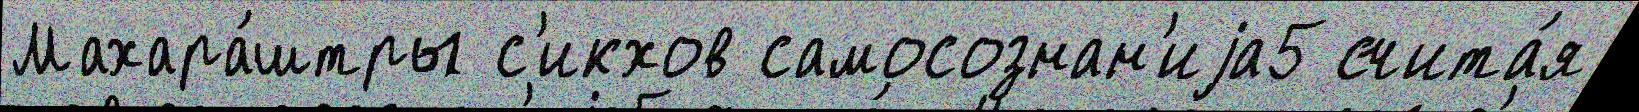
Махара́штры с'икхов самосознан'иjа5 счита́я